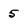
Character: 5